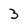
Character: 3